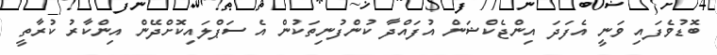
ބޮޑުވެފައި ވަނީ އެފަދަ އިންޖެކްޝަން އުފައްދާ ކުންފުނިތަކުން އެ ސަޕްލައިކޮށްދޭން އިންކާރު ކުރާތީ